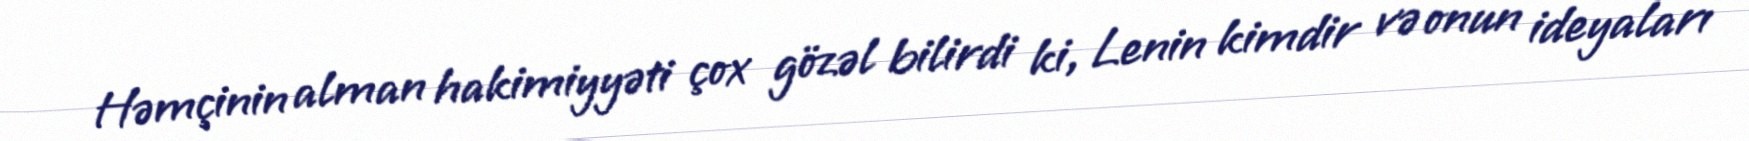
Həmçinin alman hakimiyyəti çox gözəl bilirdi ki, Lenin kimdir və onun ideyaları